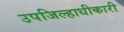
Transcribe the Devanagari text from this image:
उपजिल्हाधीकारी